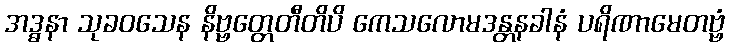
အဒ္ဓနာ သုခဝသေန နိဗ္ဗတ္တေတီတိပိ ကေသလောမဒန္တနခါနံ ပရိဏာမေတဗ္ဗံ